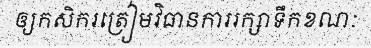
ឲ្យកសិករត្រៀមវិធានការរក្សាទឹកខណៈ